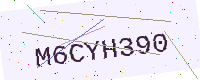
Text: M6CYH390